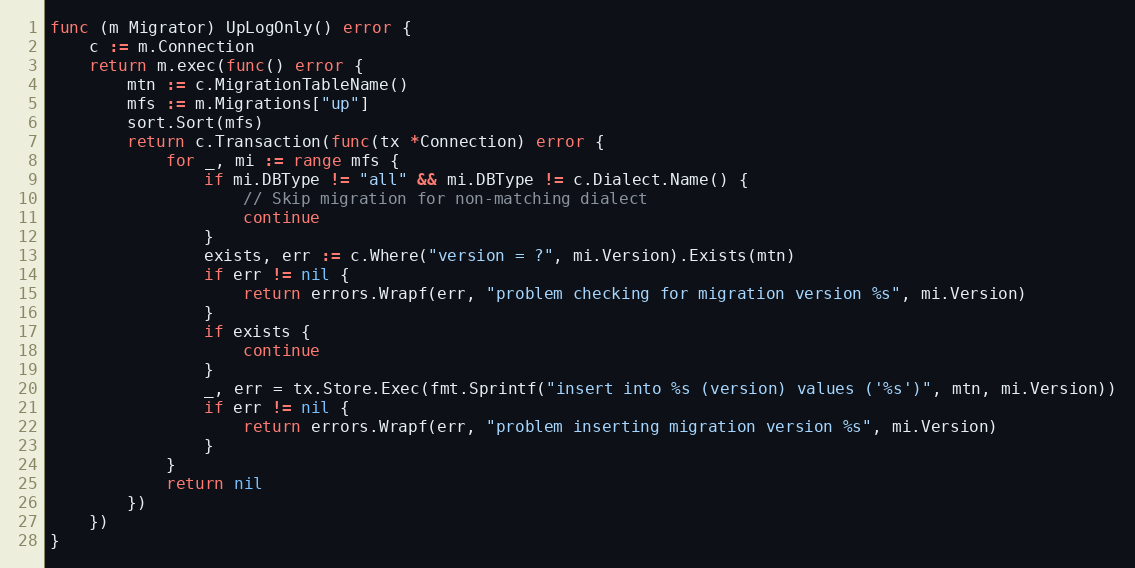
Language: Go
func (m Migrator) UpLogOnly() error {
	c := m.Connection
	return m.exec(func() error {
		mtn := c.MigrationTableName()
		mfs := m.Migrations["up"]
		sort.Sort(mfs)
		return c.Transaction(func(tx *Connection) error {
			for _, mi := range mfs {
				if mi.DBType != "all" && mi.DBType != c.Dialect.Name() {
					// Skip migration for non-matching dialect
					continue
				}
				exists, err := c.Where("version = ?", mi.Version).Exists(mtn)
				if err != nil {
					return errors.Wrapf(err, "problem checking for migration version %s", mi.Version)
				}
				if exists {
					continue
				}
				_, err = tx.Store.Exec(fmt.Sprintf("insert into %s (version) values ('%s')", mtn, mi.Version))
				if err != nil {
					return errors.Wrapf(err, "problem inserting migration version %s", mi.Version)
				}
			}
			return nil
		})
	})
}